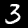
Label: 3